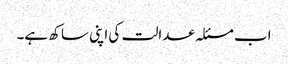
اب مسئلہ عدالت کی اپنی ساکھ ہے۔